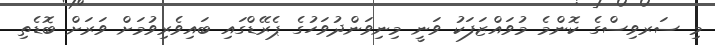
މި ސަރވިސްގެ ކޮންމެ މުވައްޒަފަކު ވަނީ މިނިވަންދުވަހުގެ ޕެރޭޑްގައި ބައިވެރިވުމަށް ވަރަށް ބޮޑެތި